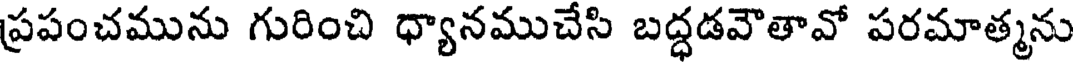
ప్రపంచమును గురించి ధ్యానముచేసి బద్ధడవౌతావో పరమాత్మను